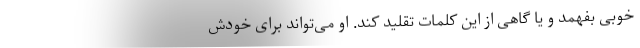
خوبی بفهمد و یا گاهی از این کلمات تقلید کند. او می‌تواند برای خودش